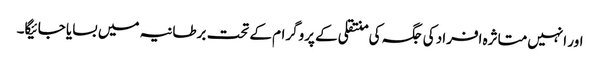
اور انہیں متاثرہ افراد کی جگہ کی منتقلی کے پروگرام کے تحت برطانیہ میں بسایا جائیگا۔